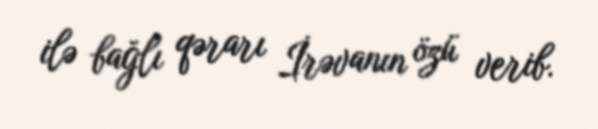
ilə bağlı qərarı İrəvanın özü verib.